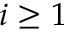
i \geq 1